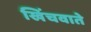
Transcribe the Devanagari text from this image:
खिंचवाते